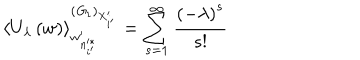
LaTeX: \left\langle U _ { \lambda } \left( w \right) \right\rangle _ { w _ { n _ { i ^ { \prime } } ^ { * } } ^ { \prime } } ^ { \left( { \it G } _ { 1 } \right) _ { X _ { i ^ { \prime } } ^ { \prime } } } = \sum _ { s = 1 } ^ { \infty } \frac { \left( - \lambda \right) ^ { s } } { s ! }